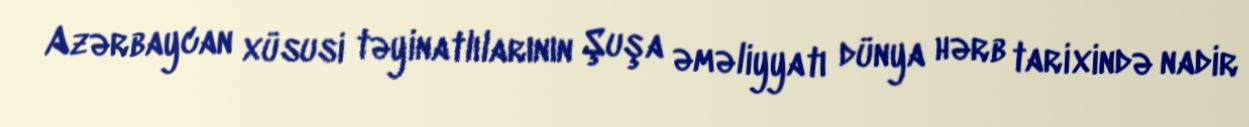
Azərbaycan xüsusi təyinatlılarının Şuşa əməliyyatı dünya hərb tarixində nadir